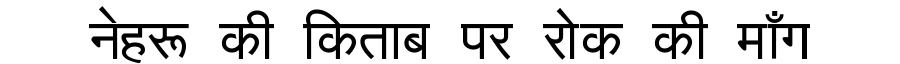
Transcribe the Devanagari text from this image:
नेहरू की किताब पर रोक की माँग